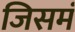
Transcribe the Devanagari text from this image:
जिसमं